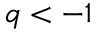
q < - 1